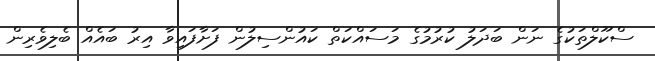
ސްކޫލްތަކުގެ ނަން ބަދަލު ކުރުމުގެ މަސައްކަތް ކައުންސިލުން ފަށާފައިވާ އިރު ބައެއް ބެލިވެރިން